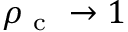
\rho _ { \mathrm { ~ c ~ } } \to 1